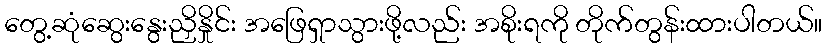
တွေ့ဆုံဆွေးနွေးညှိနှိုင်း အဖြေရှာသွားဖို့လည်း အစိုးရကို တိုက်တွန်းထားပါတယ်။